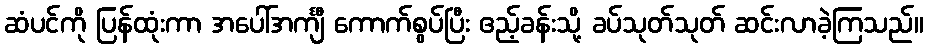
ဆံပင်ကို ပြန်ထုံးကာ အပေါ်အင်္ကျီ ကောက်စွပ်ပြီး ဧည့်ခန်းသို့ ခပ်သုတ်သုတ် ဆင်းလာခဲ့ကြသည်။